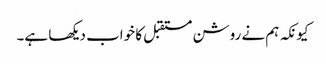
کیونکہ ہم نے روشن مستقبل کا خواب دیکھا ہے۔